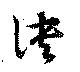
訣